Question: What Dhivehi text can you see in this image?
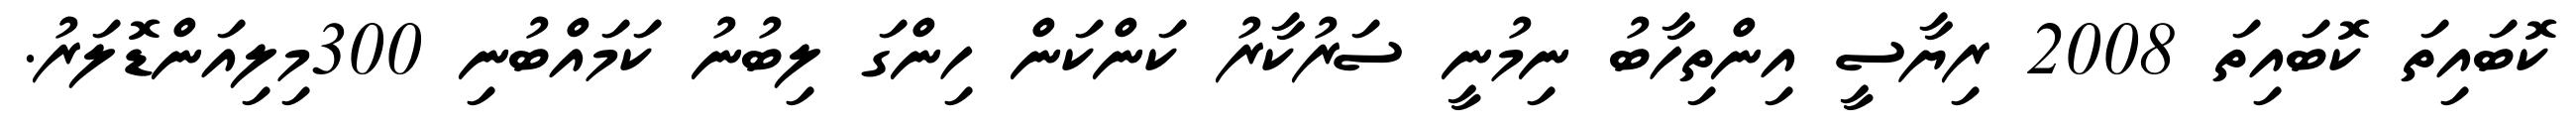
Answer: ކޮބައިތަ ކޮބައިތަ 2008 ރިޔާސީ އިންތިހާބު ނިމުނީ ސަރުކާރު ކަންކަން ހިންގަ ލިބުނު ކަމައްބުނި 300މިލިއަންޑޮލަރު.